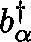
b _ { \mathbf { \alpha } } ^ { \dagger }